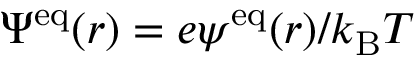
\Psi ^ { \mathrm { e q } } ( r ) = e \psi ^ { \mathrm { e q } } ( r ) / k _ { \mathrm { B } } T